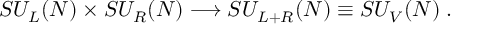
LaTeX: S U _ { L } ( N ) \times S U _ { R } ( N ) \longrightarrow S U _ { L + R } ( N ) \equiv S U _ { V } ( N ) \; .